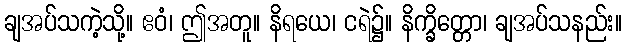
ချအပ်သကဲ့သို့။ ဧဝံ၊ ဤအတူ။ နိရယေ၊ ငရဲ၌။ နိက္ခိတ္တော၊ ချအပ်သနည်း။